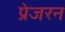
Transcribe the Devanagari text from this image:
प्रेजरन